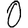
Digit: 0